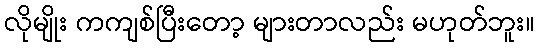
လိုမျိုး ကကျစ်ပြီးတော့ များတာလည်း မဟုတ်ဘူး။